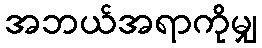
အဘယ်အရာကိုမျှ